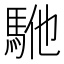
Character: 𱄕